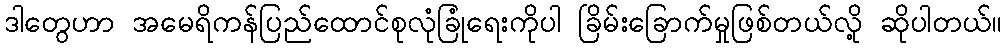
ဒါတွေဟာ အမေရိကန်ပြည်ထောင်စုလုံခြုံရေးကိုပါ ခြိမ်းခြောက်မှုဖြစ်တယ်လို့ ဆိုပါတယ်။